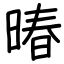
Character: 暙